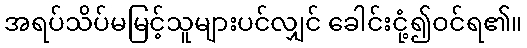
အရပ်သိပ်မမြင့်သူများပင်လျှင် ခေါင်းငုံ့၍ဝင်ရ၏။